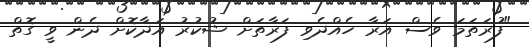
"ފުރަތަމަ ވެސް އަރާ ހެއްދެވި ފަރާތަށް ޝުކުރު އަދާކޮށް ދެން ވީ ގޮތް